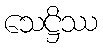
သေဋ္ဌိဿ